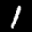
Label: 1